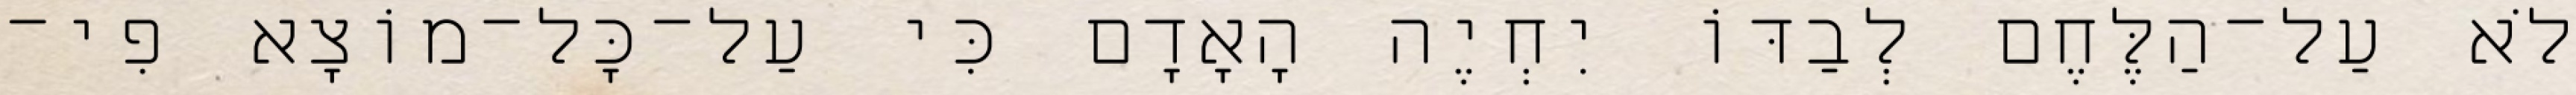
לֹא עַל־הַלֶּחֶם לְבַדּוֹ יִחְיֶה הָאָדָם כִּי עַל־כָּל־מוֹצָא פִי־